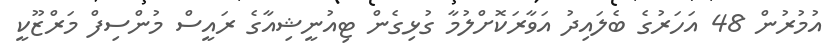
އުމުރުން 48 އަހަރުގެ ބެލައިދު އަވާރަކޮށްލުމާ ގުޅިގެން ޓިއުނީޝިއާގެ ރައީސް މުންސިފް މަރްޒޫކީ